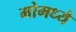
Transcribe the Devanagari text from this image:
मोमध्ये